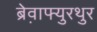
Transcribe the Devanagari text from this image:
ब्रेव़ाफ्युरथुर